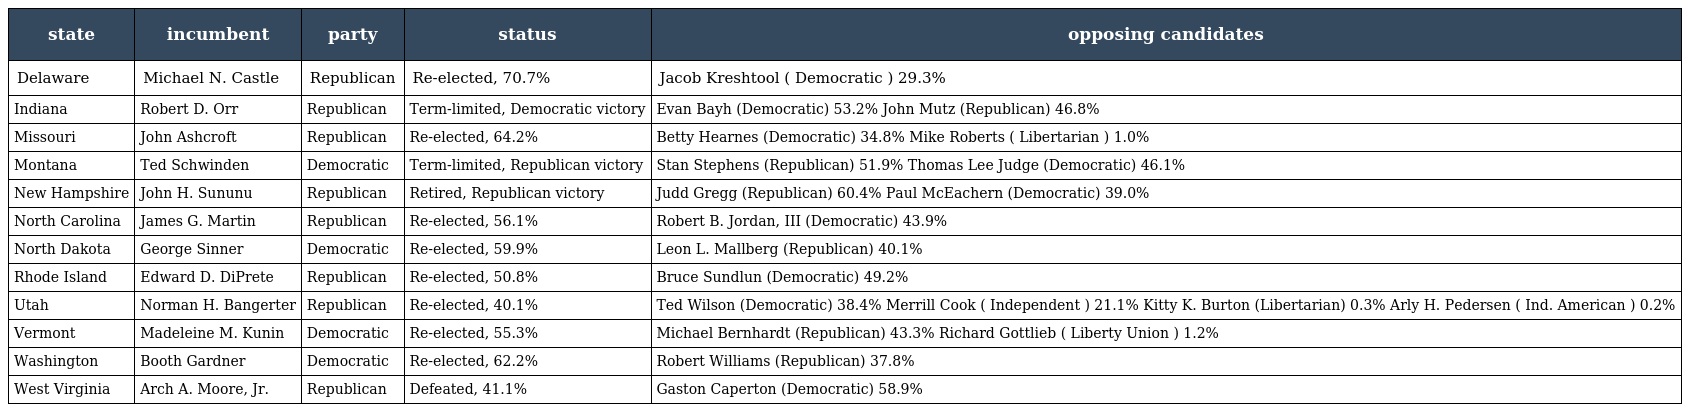
| state | incumbent | party | status | opposing candidates |
 | --- | --- | --- | --- | --- |
 | Delaware | Michael N. Castle | Republican | Re-elected, 70.7% | Jacob Kreshtool ( Democratic ) 29.3% |
 | Indiana | Robert D. Orr | Republican | Term-limited, Democratic victory | Evan Bayh (Democratic) 53.2% John Mutz (Republican) 46.8% |
 | Missouri | John Ashcroft | Republican | Re-elected, 64.2% | Betty Hearnes (Democratic) 34.8% Mike Roberts ( Libertarian ) 1.0% |
 | Montana | Ted Schwinden | Democratic | Term-limited, Republican victory | Stan Stephens (Republican) 51.9% Thomas Lee Judge (Democratic) 46.1% |
 | New Hampshire | John H. Sununu | Republican | Retired, Republican victory | Judd Gregg (Republican) 60.4% Paul McEachern (Democratic) 39.0% |
 | North Carolina | James G. Martin | Republican | Re-elected, 56.1% | Robert B. Jordan, III (Democratic) 43.9% |
 | North Dakota | George Sinner | Democratic | Re-elected, 59.9% | Leon L. Mallberg (Republican) 40.1% |
 | Rhode Island | Edward D. DiPrete | Republican | Re-elected, 50.8% | Bruce Sundlun (Democratic) 49.2% |
 | Utah | Norman H. Bangerter | Republican | Re-elected, 40.1% | Ted Wilson (Democratic) 38.4% Merrill Cook ( Independent ) 21.1% Kitty K. Burton (Libertarian) 0.3% Arly H. Pedersen ( Ind. American ) 0.2% |
 | Vermont | Madeleine M. Kunin | Democratic | Re-elected, 55.3% | Michael Bernhardt (Republican) 43.3% Richard Gottlieb ( Liberty Union ) 1.2% |
 | Washington | Booth Gardner | Democratic | Re-elected, 62.2% | Robert Williams (Republican) 37.8% |
 | West Virginia | Arch A. Moore, Jr. | Republican | Defeated, 41.1% | Gaston Caperton (Democratic) 58.9% |